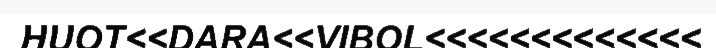
HUOT<<DARA<<VIBOL<<<<<<<<<<<<<